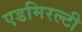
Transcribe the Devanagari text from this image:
एडमिरल्‍टी